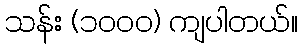
သန်း (၁၀၀၀) ကျပါတယ်။